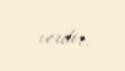
verilir.